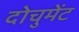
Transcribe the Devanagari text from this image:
दोचुमेंट